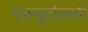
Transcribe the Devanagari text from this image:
एकजुटीसाठी